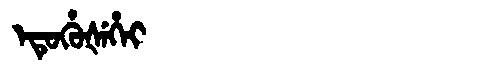
Manchu: ᡝᡨᡠᡥᡠᡧᡝᡥᡝᡳ
Romanization: ETUHUŠEHEI